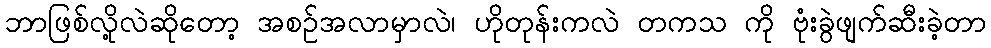
ဘာဖြစ်လို့လဲဆိုတော့ အစဉ်အလာမှာလဲ၊ ဟိုတုန်းကလဲ တကသ ကို ဗုံးခွဲဖျက်ဆီးခဲ့တာ